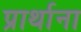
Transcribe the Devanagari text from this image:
प्रार्थाना